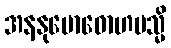
အနနုဗောဓောဟမသ္မိ